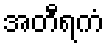
အတီရကံ